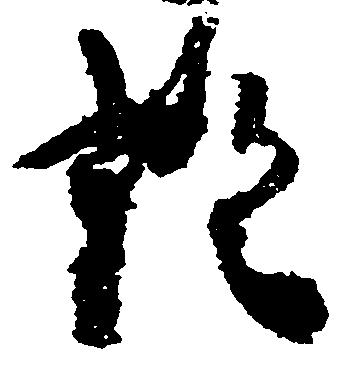
証